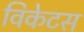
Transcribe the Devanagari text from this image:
विकेटस